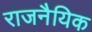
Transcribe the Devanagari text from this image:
राजनैयिक